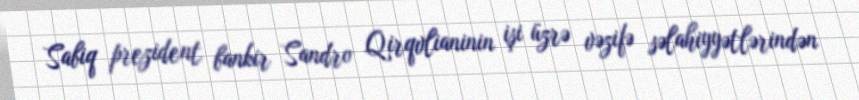
Sabiq prezident bankir Sandro Qirqvlianinin işi üzrə vəzifə səlahiyyətlərindən